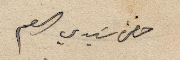
حضرة سَيدي العم